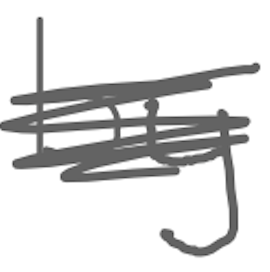
Text: by
Cross-out: scratch
Writing tool: digital_gray